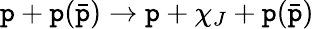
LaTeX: \mathtt{p}+\mathtt{p}(\bar{{\mathtt{p}}})\rightarrow\mathtt{p}+\chi_{J}+\mathtt{p}(\bar{{\mathtt{p}}})